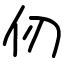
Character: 仞